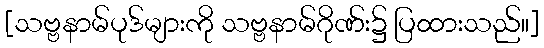
[သဗ္ဗနာမ်ပုဒ်များကို သဗ္ဗနာမ်ဂိုဏ်း၌ ပြထားသည်။]